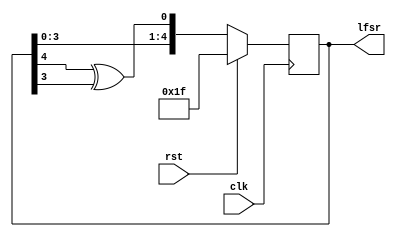
`timescale 1ns / 1ps
module lfsr5b(clk,rst,lfsr  );
input rst,clk; output reg [4:0]lfsr;
always @(posedge clk)
begin
if(rst==1)
lfsr <=5'b11111;
else 
lfsr <={lfsr[3:0],lfsr[4]^lfsr[3]}; 
end
endmodule